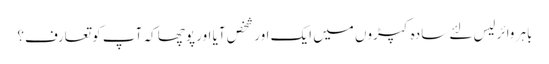
باہر وائرلیس لئے سادہ کپڑوں میں ایک اور شخص آیا اور پوچھا کہ آپ کو تعارف؟